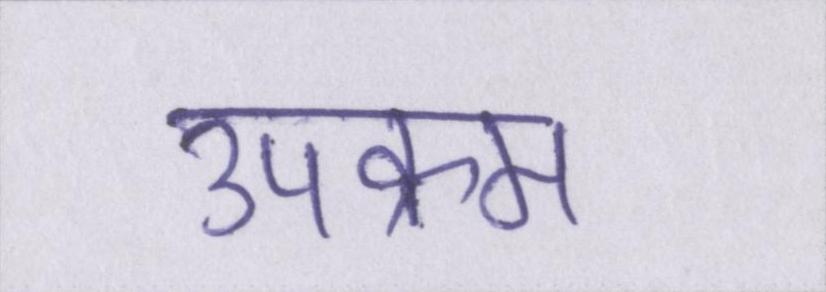
उपक्रम